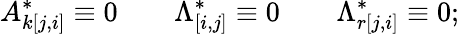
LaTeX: A_{k[j,i]}^{*}\equiv 0\qquad\Lambda_{[i,j]}^{*}\equiv 0\qquad\Lambda_{r[j,i]}^{*}\equiv 0;